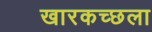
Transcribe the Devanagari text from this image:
खारकच्छला